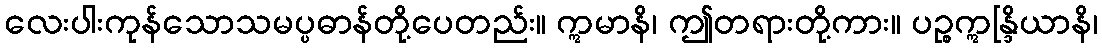
လေးပါးကုန်သောသမပ္ပဓာန်တို့ပေတည်း။ ဣမာနိ၊ ဤတရားတို့ကား။ ပဉ္စဣန္ဒြိယာနိ၊